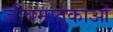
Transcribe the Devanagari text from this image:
जीवमातृकाओं